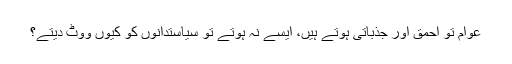
عوام تو احمق اور جذباتی ہوتے ہیں، ایسے نہ ہوتے تو سیاستدانوں کو کیوں ووٹ دیتے؟